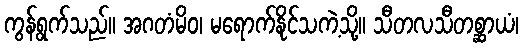
ကွန်ရွက်သည်။ အဂတံမိဝ၊ မရောက်နိုင်သကဲ့သို့။ သီတလသီတစ္ဆာယံ၊